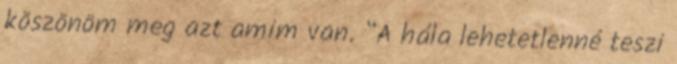
köszönöm meg azt amim van. “A hála lehetetlenné teszi